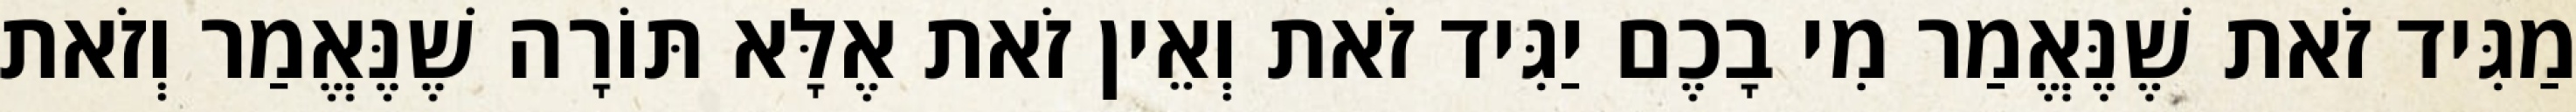
מַגִּיד זֹאת שֶׁנֶּאֱמַר מִי בָכֶם יַגִּיד זֹאת וְאֵין זֹאת אֶלָּא תּוֹרָה שֶׁנֶּאֱמַר וְזֹאת